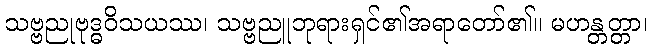
သဗ္ဗညုဗုဒ္ဓဝိသယဿ၊ သဗ္ဗညူဘုရားရှင်၏အရာတော်၏။ မဟန္တတ္တာ၊